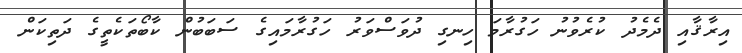
އިރާޤާއި ދެމެދު ކުރެވުނު ހަގުރާމަ ހިނގި ދުވަސްވަރު ހަގުރާމައިގެ ސަބަބުން ކާބޯތަކެތީގެ ދަތިކަން